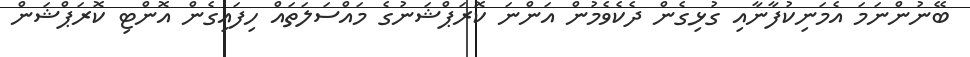
ބޭނުންނަމަ އެމަނިކުފާނާއި ގުޅިގެން ދެކެވެމުން އަންނަ ކޮރަޕްޝަނުގެ މައްސަލަތައް ހިފައިގެން އޮންޓި ކޮރަޕްޝަން